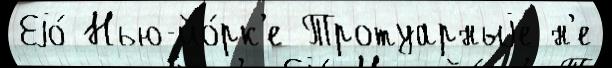
Еjо́ Нью-йо́рк'е Тротуарныjе н'е